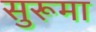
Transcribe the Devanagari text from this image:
सुरूमा